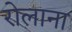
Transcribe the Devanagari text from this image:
रोलाना